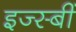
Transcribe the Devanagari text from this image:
इज्स्बीं